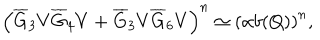
\left( \overline { { G } } _ { 3 } V \overline { { G } } _ { 4 } V + \overline { { G } } _ { 3 } V \overline { { G } } _ { 6 } V \right) ^ { n } \simeq \left( \alpha b ( Q ) \right) ^ { n } ,